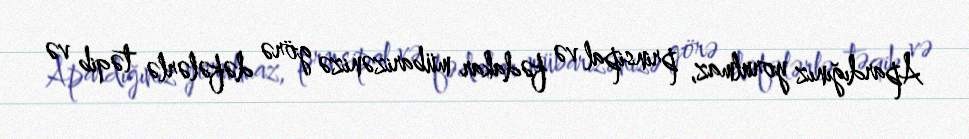
Apardığınız yorulmaz, prinsipal və fədakar mübarizənizə görə dəfələrlə təqib və